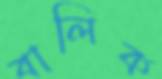
বালিক